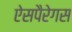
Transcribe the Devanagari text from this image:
ऐसपैरेगस